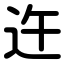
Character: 迕